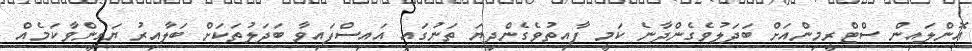
އޮންލައިން ސްޓްރީމިންއަށް ބަދަލުވެގެންދާނެ ކަމީ ފާއިތުވެގެންދިޔަ ތަނުގައި އައިސްފައިވާ ބަދަލުތަކަށް ބަލާއިރު ޔަގީންވާކަމެއް